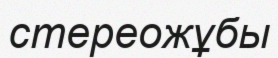
стереожұбы